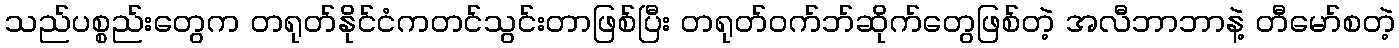
သည်ပစ္စည်းတွေက တရုတ်နိုင်ငံကတင်သွင်းတာဖြစ်ပြီး တရုတ်ဝက်ဘ်ဆိုက်တွေဖြစ်တဲ့ အလီဘာဘာနဲ့ တီမော်စတဲ့